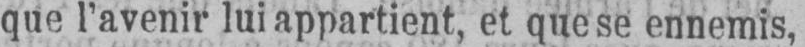
que l’avenir lui appartient, et que se ennemis,